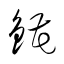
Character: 錵